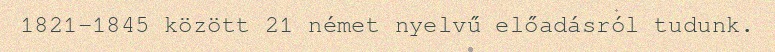
1821–1845 között 21 német nyelvű előadásról tudunk.